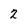
Character: 2